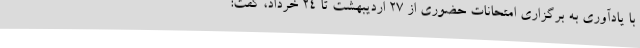
با یادآوری به برگزاری امتحانات حضوری از ۲۷ اردیبهشت تا ۲۴ خرداد، گفت: